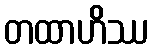
တထာဟိဿ